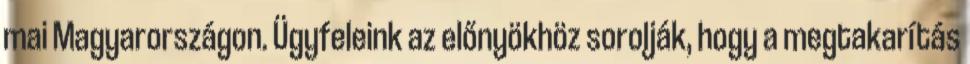
mai Magyarországon. Ügyfeleink az előnyökhöz sorolják, hogy a megtakarítás